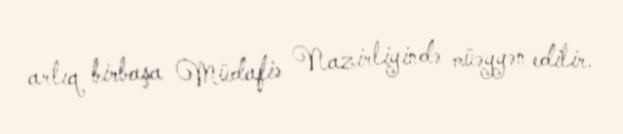
artıq birbaşa Müdafiə Nazirliyində müəyyən edilir.